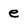
Character: e